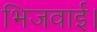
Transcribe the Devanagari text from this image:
भिजवाई।